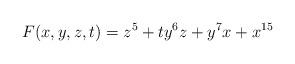
LaTeX: \begin{align*}F(x,y,z,t)= z^5 + t y^6 z + y^7 x + x^{15} \end{align*}